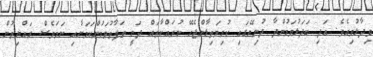
ވިދާޅުވިއެވެ. އަދި ބަދަލުވަމުންދާ ދުނިޔޭގައި ކުރިމަތިލާންޖެހޭ ނުރައްކާތައް ދަނީ ތަފާތުވަމުންކަމަށާއި ނަމަވެސް ރައްޔިތުން